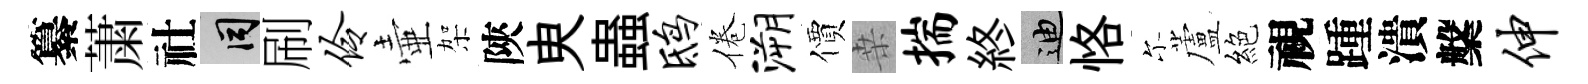
纂䔥社间刷伶壷架陝㬰蟲鸱倦溯價桒揣終迪恪尓蘆絕視踵潰槃伸